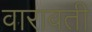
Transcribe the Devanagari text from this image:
वारावती